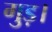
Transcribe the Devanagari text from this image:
गुड़।